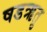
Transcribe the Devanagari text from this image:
षडऋतु